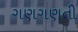
ગણગણતી